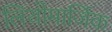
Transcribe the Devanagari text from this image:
लिथोमार्जिक